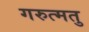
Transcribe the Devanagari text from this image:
गरुत्मतु